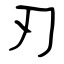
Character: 刃